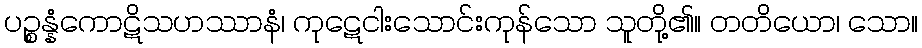
ပဉ္စန္နံကောဋိသဟဿာနံ၊ ကုဋေငါးသောင်းကုန်သော သူတို့၏။ တတိယော၊ သော။